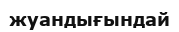
жуандығындай